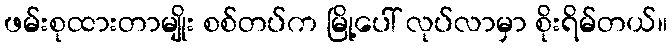
ဖမ်းစုထားတာမျိုး စစ်တပ်က မြို့ပေါ် လုပ်လာမှာ စိုးရိမ်တယ်။